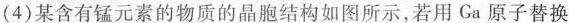
(4)某含有锰元素的物质的晶胞结构如图所示，若用Ga原子替换